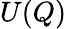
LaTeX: U(Q)